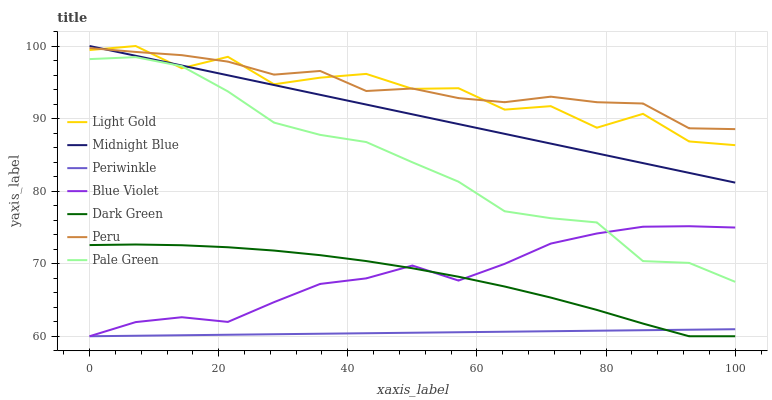
| xaxis_label | Light Gold | Midnight Blue | Periwinkle | Blue Violet | Dark Green | Peru | Pale Green |
 | --- | --- | --- | --- | --- | --- | --- | --- |
 | 0 | 99.4 | 100 | 60 | 60 | 72.6 | 99.7 | 98.2 |
 | 7.14 | 100 | 98.7 | 60.1 | 62 | 72.6 | 99.2 | 98.5 |
 | 14.3 | 96.9 | 97.3 | 60.1 | 62.6 | 72.5 | 98.7 | 97.2 |
 | 21.4 | 98.5 | 96 | 60.2 | 62 | 72.3 | 97.8 | 93.7 |
 | 28.6 | 94.7 | 94.6 | 60.3 | 64.7 | 71.8 | 96.1 | 89.4 |
 | 35.7 | 95.6 | 93.3 | 60.3 | 67.2 | 71.2 | 96.6 | 87.8 |
 | 42.9 | 96.2 | 91.9 | 60.4 | 68 | 70.4 | 93.8 | 86.8 |
 | 50 | 94.1 | 90.6 | 60.5 | 69.7 | 69.4 | 94.1 | 84 |
 | 57.1 | 94.2 | 89.2 | 60.6 | 67.7 | 68.2 | 92.8 | 81.3 |
 | 64.3 | 91.2 | 87.9 | 60.6 | 70 | 66.9 | 92.3 | 77.2 |
 | 71.4 | 91.7 | 86.6 | 60.7 | 72.8 | 65.3 | 93 | 76.3 |
 | 78.6 | 88.7 | 85.2 | 60.8 | 74.2 | 63.6 | 92.3 | 75.7 |
 | 85.7 | 90.7 | 83.9 | 60.8 | 75.1 | 61.7 | 92.1 | 70.4 |
 | 92.9 | 86.8 | 82.5 | 60.9 | 75.2 | 60 | 88.7 | 70.1 |
 | 100 | 86.3 | 81.2 | 61 | 75 | 60 | 88.5 | 67.5 |